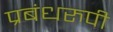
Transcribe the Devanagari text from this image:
प्रबंधरुपी